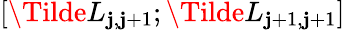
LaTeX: [\Tilde{L}_{\mathbf{j},\mathbf{j}+1};\Tilde{L}_{\mathbf{j}+1,\mathbf{j}+1}]